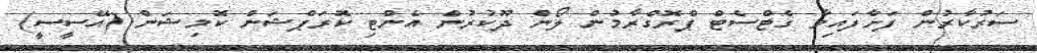
ސަރުކާރުން ފަށާފައިވާ ގެޓްސެޓް ޕްރޮގްރާމުން ލޯން ދޫކުރުން އެންޓި ކޮރަޕްޝަން ކޮމިޝަން (އޭސީސީ)